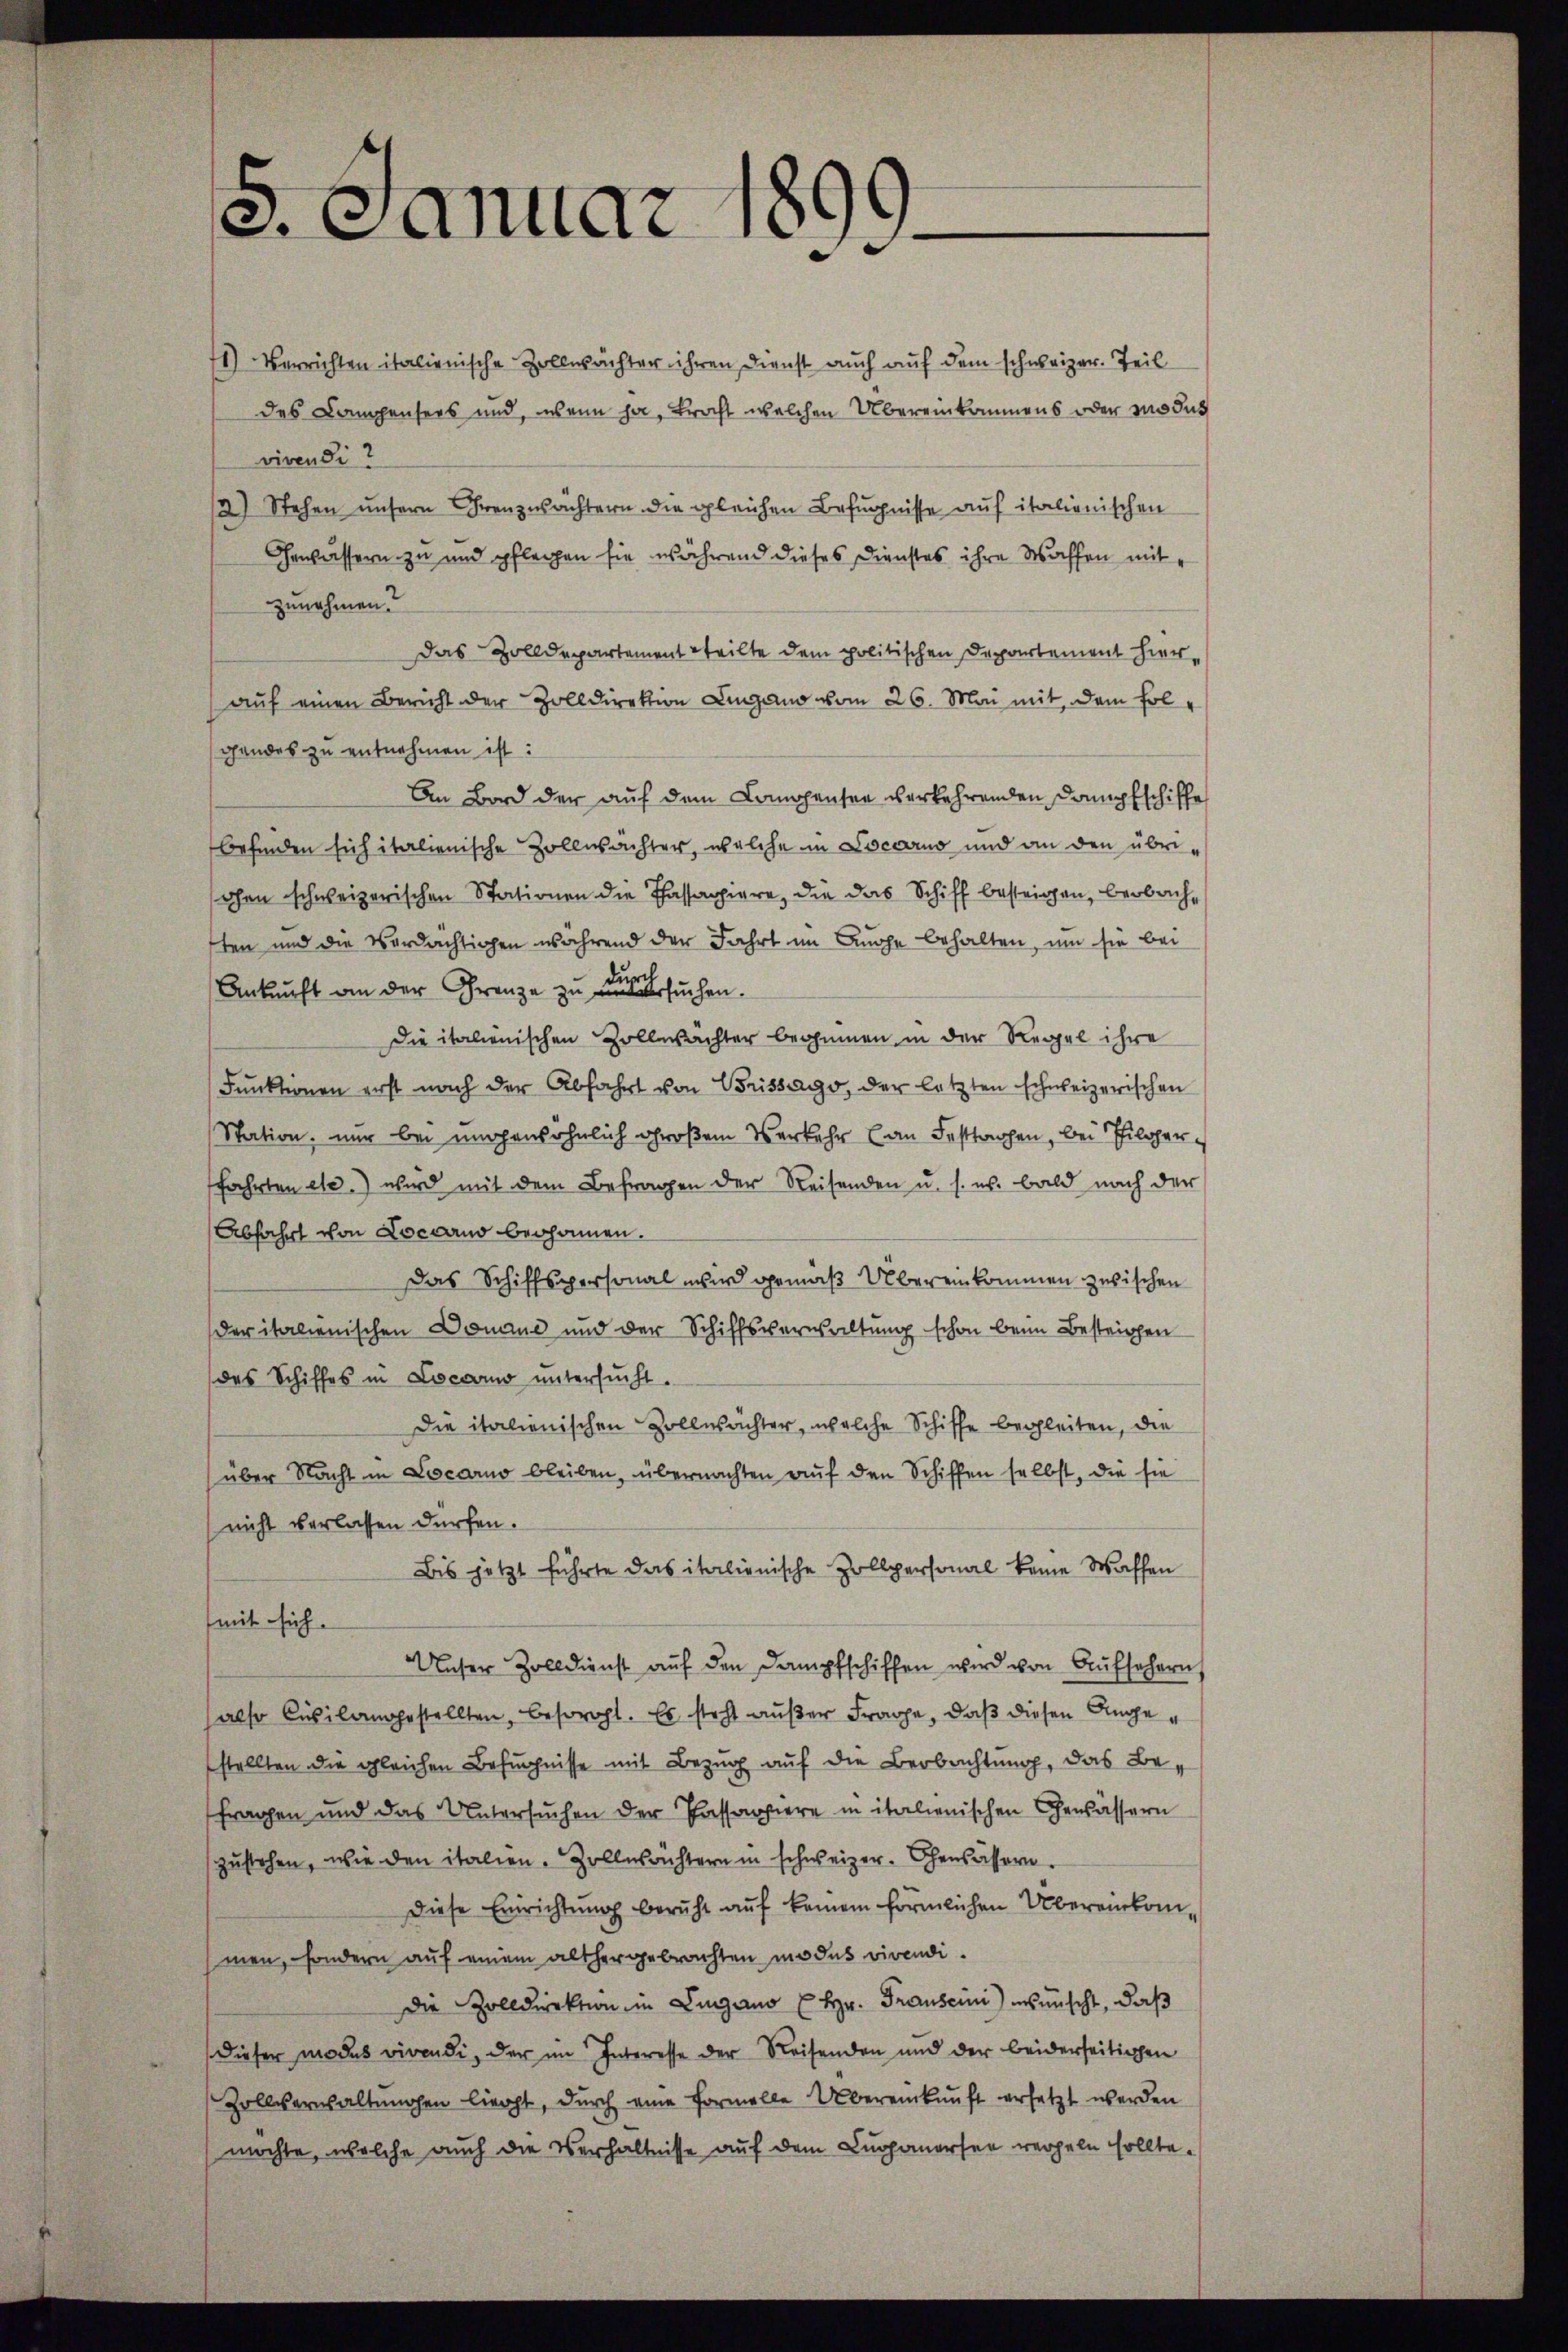
. Canuar
¬

71) Verrichten italienische Zollwächter ihren Dienst auch auf dem schweizer. Teil
des Campensers und, wenn ja, Bracht welchen Übereinkommens oder modus
vivendi?
2) Stehen unsern Grenzwächtern die gleichen Befugnisse auf italienischen
Gewässern zu und pflegen sie während dieses Dienstes ihre Waffen mitzunehmen.
Das Zolldepartement teilte dem politischen Departement hierauf einen Bericht der Zolldirektion Lugano vom 26. Mai mit dem Folgandes zu entnehmen ist:
An Bord der auf dem Compensee verkehrenden Kampfschiffe
befinden sich italienische Zollwächter, welche in Locarno und an den übriohen schweizerischen Stationen die Passagiere, die das Schiff besteigen, beobachsten und die Verdächtigen während der Fahrt im Auge behalten, um sie bei
Ankunft an der Grenze zu versuchen.
Die italienischen Zollwächter beginnen in der Regel ihre
Funktionen erst nach der Abfahrt von Brissago, der letzten schweizerischen
Station, nur bei ungewöhnlich großem Verkehr an Festtagen, bei Hilper
fahrten etc.) wird mit dem Befragen der Reisenden u. s. w. bald nach der
Abfahrt von Locarno begonnen.
Das Schiffspersonal wird gemäß Übereinkommen zwischen
der italienischen Donaue und der Schiffsverwaltung schon beim Besteigen
des Schiffes in Locarno untersucht.
Die italienischen Zollwächter, welche Schiffe begleiten, die
über Nacht in Locarno bleiben, übernachten auf den Schiffen selbst, die sie
(nicht verlassen dürfen.
Bis jetzt führte das italienische Zollpersonal keine Waffen
mit sich.
Unser Zolldienst aŭf den Dampfschiffen wird von Aufsehern
also Cusilangestellten, besorgt. Es steht außer Frage, daß diesen Angestellten die gleichen Befugnisse mit Bezug auf die Beobachtung, das Befragen und das Untersuchen der Passappiere in italienischen Gewässern
zŭstehen, wie den italien. Zollmächtern in schweizer. Gewässern.
Diese Einrichtung beruht auf keinem förmlichen Übereinkommen, sondern auf einem althergebrachten modus vivendi¬
Die Zolldirektion in Lugano Hr. Frauseini) wünscht, daß
dieser modus vivendi, der im Interesse der Reisenden und der beiderseitigen
Zollverwaltungen liecht, durch eine formelle Übereinkunft ersetzt werden
möchte, welche auch die Verhältnisse auf dem Luganorsee vergeln sollte.